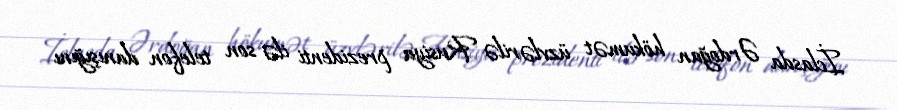
İclasda Ərdoğan hökumət üzvlərilə Rusiya prezidenti ilə son telefon danışığını